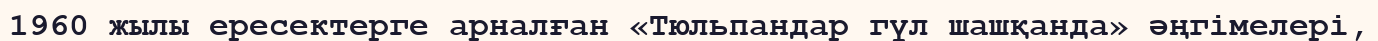
1960 жылы ересектерге арналған «Тюльпандар гүл шашқанда» әңгімелері,